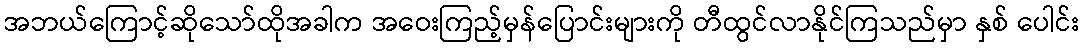
အဘယ်ကြောင့်ဆိုသော်ထိုအခါက အဝေးကြည့်မှန်ပြောင်းများကို တီထွင်လာနိုင်ကြသည်မှာ နှစ် ပေါင်း